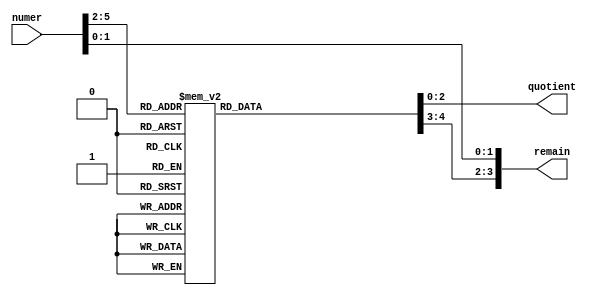
`timescale 1ns / 1ps

module divide_by12(numer, quotient, remain);
input [5:0] numer;
output [2:0] quotient;
output [3:0] remain;

reg [2:0] quotient;
reg [3:0] remain_bit3_bit2;

assign remain = {remain_bit3_bit2, numer[1:0]}; // the first 2 bits are copied through


always @(numer[5:2]) // and just do a divide by "3" on the remaining bits
case(numer[5:2])
  0: begin quotient = 0; remain_bit3_bit2 = 0; end
  1: begin quotient = 0; remain_bit3_bit2 = 1; end
  2: begin quotient = 0; remain_bit3_bit2 = 2; end
  3: begin quotient = 1; remain_bit3_bit2 = 0; end
  4: begin quotient = 1; remain_bit3_bit2 = 1; end
  5: begin quotient = 1; remain_bit3_bit2 = 2; end
  6: begin quotient = 2; remain_bit3_bit2 = 0; end
  7: begin quotient = 2; remain_bit3_bit2 = 1; end
  8: begin quotient = 2; remain_bit3_bit2 = 2; end
  9: begin quotient = 3; remain_bit3_bit2 = 0; end
  10: begin quotient = 3; remain_bit3_bit2 = 1; end
  11: begin quotient = 3; remain_bit3_bit2 = 2; end
  12: begin quotient = 4; remain_bit3_bit2 = 0; end
  13: begin quotient = 4; remain_bit3_bit2 = 1; end
  14: begin quotient = 4; remain_bit3_bit2 = 2; end
  15: begin quotient = 5; remain_bit3_bit2 = 0; end
endcase

endmodule